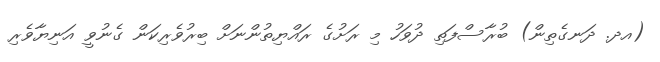
(އދ. ދަނގެތިން) ބުރާސްފަތި ދުވަހު މި ރަށުގެ ރައްޔިތުންނަށް ބިރުވެރިކަން ގެނުވީ އަނިޔާވެރި